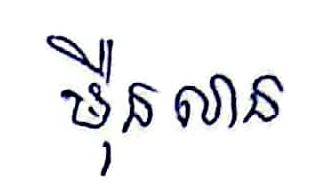
ម៉ឺនលាន